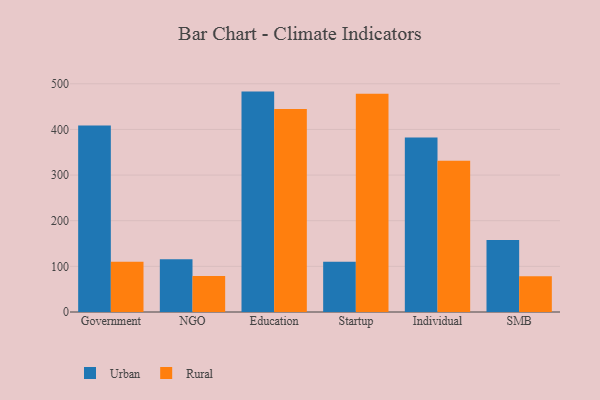
{"axis": {"x": "Segment", "y": "Active Users"}, "legend": ["Rural", "Urban"], "data": [{"x": "Government", "y": 408.4, "type": "Urban"}, {"x": "Government", "y": 110.2, "type": "Rural"}, {"x": "NGO", "y": 115.8, "type": "Urban"}, {"x": "NGO", "y": 78.8, "type": "Rural"}, {"x": "Education", "y": 482.9, "type": "Urban"}, {"x": "Education", "y": 444.6, "type": "Rural"}, {"x": "Startup", "y": 110.1, "type": "Urban"}, {"x": "Startup", "y": 478.4, "type": "Rural"}, {"x": "Individual", "y": 382.3, "type": "Urban"}, {"x": "Individual", "y": 331.6, "type": "Rural"}, {"x": "SMB", "y": 157.6, "type": "Urban"}, {"x": "SMB", "y": 78.2, "type": "Rural"}]}